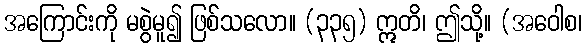
အကြောင်းကို မစွဲမူ၍ ဖြစ်သလော။ (၃၃၅) ဣတိ၊ ဤသို့။ (အဝေါစ၊